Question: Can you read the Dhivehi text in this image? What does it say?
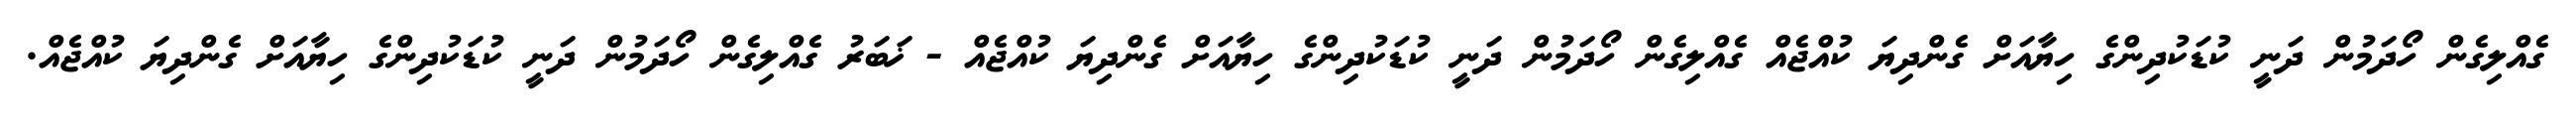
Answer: ގެއްލިގެން ހޯދަމުން ދަނީ ކުޑަކުދިންގެ ހިޔާއަށް ގެންދިޔަ ކުއްޖެއް ގެއްލިގެން ހޯދަމުން ދަނީ ކުޑަކުދިންގެ ހިޔާއަށް ގެންދިޔަ ކުއްޖެއް - ޚަބަރު ގެއްލިގެން ހޯދަމުން ދަނީ ކުޑަކުދިންގެ ހިޔާއަށް ގެންދިޔަ ކުއްޖެއް.